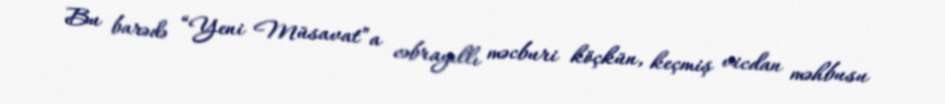
Bu barədə “Yeni Müsavat”a cəbrayıllı məcburi köçkün, keçmiş vicdan məhbusu